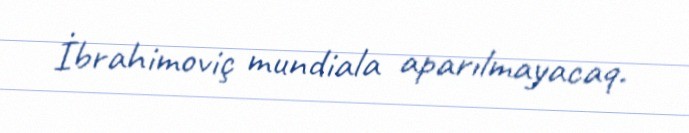
İbrahimoviç mundiala aparılmayacaq.